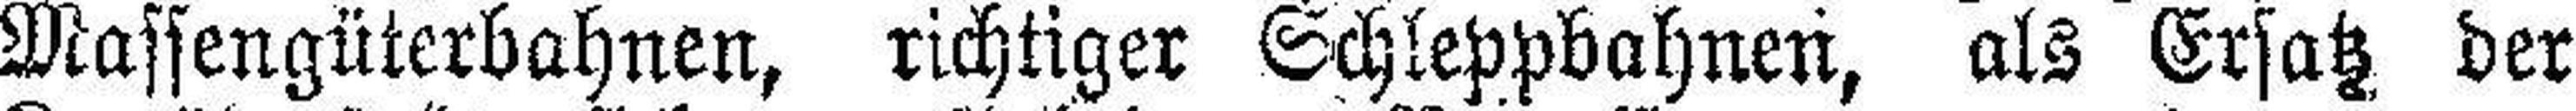
Massengüterbahnen, richtiger Schleppbahnen, als Ersatz der